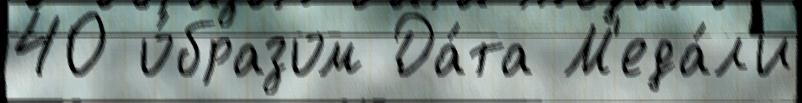
40 о́бразом Да́та М'еда́л'и